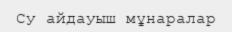
Су айдауыш мұнаралар